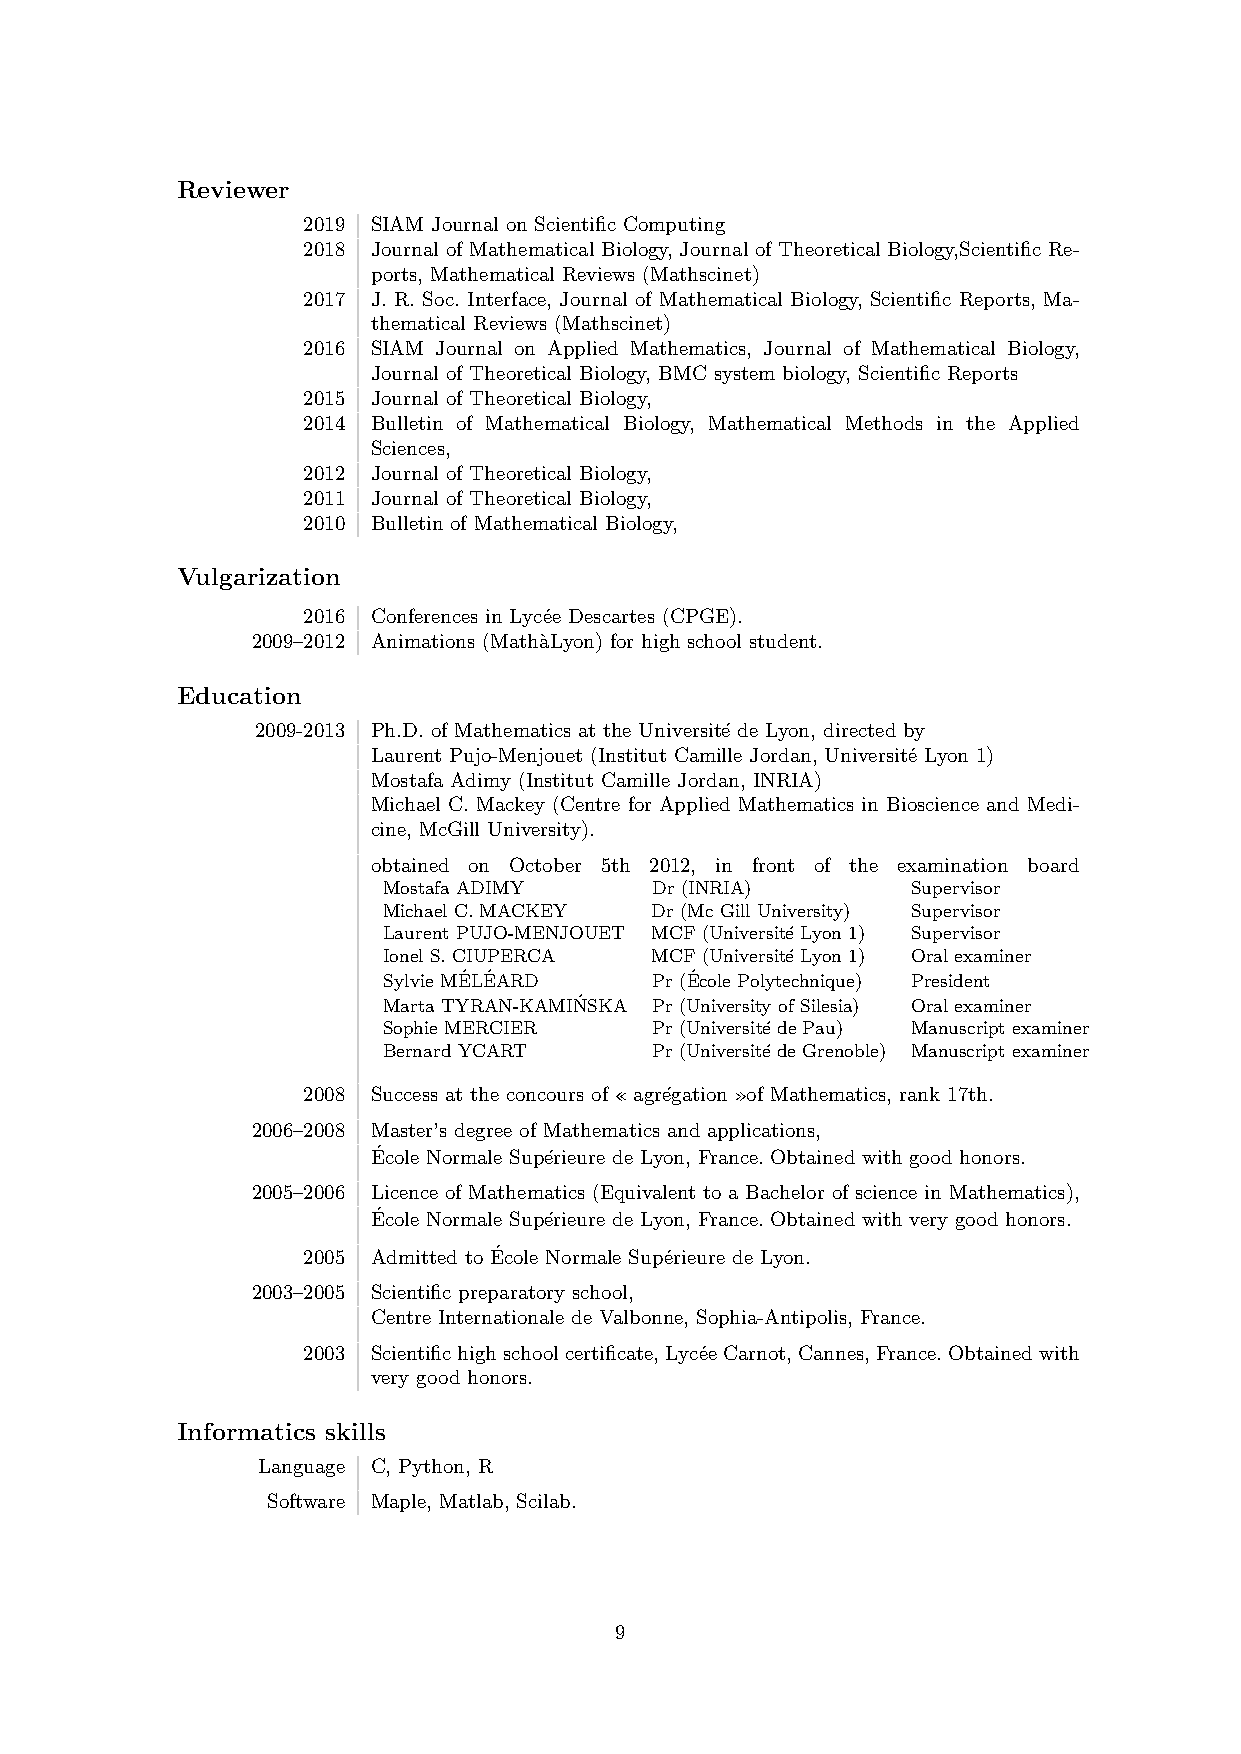
Reviewer
 2019 SIAM Journal on Scientific Computing
 2018 Journal of Mathematical Biology, Journal of Theoretical Biology,Scientific Re-
 ports, Mathematical Reviews (Mathscinet)
 2017 J. R. Soc. Interface, Journal of Mathematical Biology, Scientific Reports, Ma-
 thematical Reviews (Mathscinet)
 2016 SIAM Journal on Applied Mathematics, Journal of Mathematical Biology,
 Journal of Theoretical Biology, BMC system biology, Scientific Reports
 2015 Journal of Theoretical Biology,
 2014 Bulletin of Mathematical Biology, Mathematical Methods in the Applied
 Sciences,
 2012 Journal of Theoretical Biology,
 2011 Journal of Theoretical Biology,
 2010 Bulletin of Mathematical Biology,
 Vulgarization
 2016 Conferences in Lyc´ee Descartes (CPGE).
 2009–2012 Animations (Math`aLyon) for high school student.
 Education
 2009-2013 Ph.D. of Mathematics at the Universit´e de Lyon, directed by
 Laurent Pujo-Menjouet (Institut Camille Jordan, Universit´e Lyon 1)
 Mostafa Adimy (Institut Camille Jordan, INRIA)
 Michael C. Mackey (Centre for Applied Mathematics in Bioscience and Medi-
 cine, McGill University).
 obtained on October 5th 2012, in front of the examination board
 Mostafa ADIMY     Dr (INRIA)       Supervisor
 Michael C. MACKEY Dr (Mc Gill University) Supervisor
 Laurent PUJO-MENJOUET MCF (Universit´e Lyon 1) Supervisor
 Ionel S. CIUPERCA MCF (Universit´e Lyon 1) Oral examiner
 Sylvie ME´LE´ARD  Pr (E´cole Polytechnique) President
 Marta TYRAN-KAMIN´SKA Pr (University of Silesia) Oral examiner
 Sophie MERCIER    Pr (Universit´e de Pau) Manuscript examiner
 Bernard YCART     Pr (Universit´e de Grenoble) Manuscript examiner
 2008 Success at the concours of «agr´egation»of Mathematics, rank 17th.
 2006–2008 Master’s degree of Mathematics and applications,
 E´cole Normale Sup´erieure de Lyon, France. Obtained with good honors.
 2005–2006 Licence of Mathematics (Equivalent to a Bachelor of science in Mathematics),
 E´cole Normale Sup´erieure de Lyon, France. Obtained with very good honors.
 2005 Admitted to E´cole Normale Sup´erieure de Lyon.
 2003–2005 Scientific preparatory school,
 Centre Internationale de Valbonne, Sophia-Antipolis, France.
 2003 Scientifichighschoolcertificate,Lyc´eeCarnot,Cannes,France.Obtainedwith
 very good honors.
 Informatics skills
 Language C, Python, R
 Software Maple, Matlab, Scilab.
 9